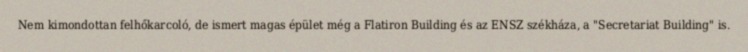
Nem kimondottan felhőkarcoló, de ismert magas épület még a Flatiron Building és az ENSZ székháza, a "Secretariat Building" is.